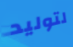
لتوليد